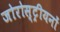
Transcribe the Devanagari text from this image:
जोरोस्ट्रीयनों